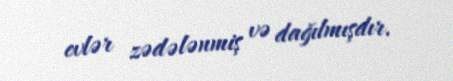
evlər zədələnmiş və dağılmışdır.